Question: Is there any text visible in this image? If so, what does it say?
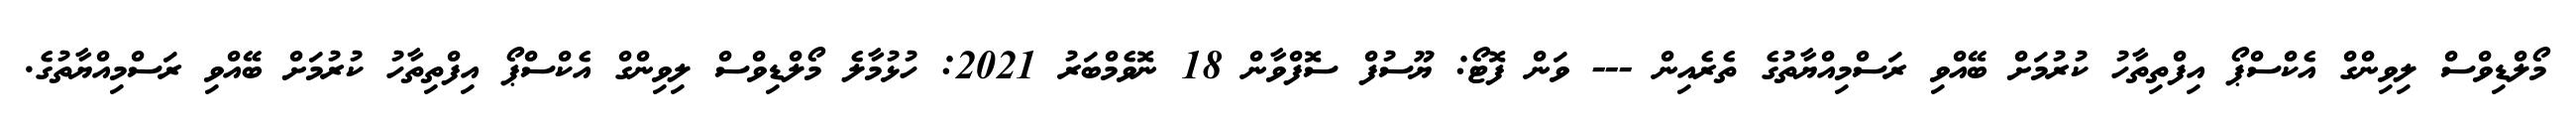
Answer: މޯލްޑިވްސް ލިވިންގް އެކްސްޕޯ އިފްތިތާހު ކުރުމަށް ބޭއްވި ރަސްމިއްޔާތުގެ ތެރެއިން --- ވަން ފޮޓޯ: ޔޫސުފް ސޮފްވާން 18 ނޮވެމްބަރު 2021: ހުޅުމާލެ މޯލްޑިވްސް ލިވިންގް އެކްސްޕޯ އިފްތިތާހު ކުރުމަށް ބޭއްވި ރަސްމިއްޔާތުގެ.